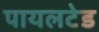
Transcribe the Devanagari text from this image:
पायलटेड